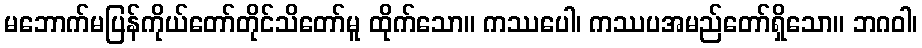
မဘောက်မပြန်ကိုယ်တော်တိုင်သိတော်မူ ထိုက်သော။ ကဿပေါ၊ ကဿပအမည်တော်ရှိသော။ ဘဂဝါ၊